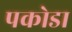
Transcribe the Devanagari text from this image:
पकोडा